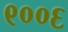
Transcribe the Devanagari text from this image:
९००६